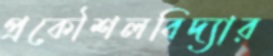
প্রকৌশলবিদ্যার